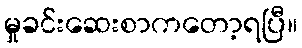
မှုခင်းဆေးစာကတော့ရပြီ။